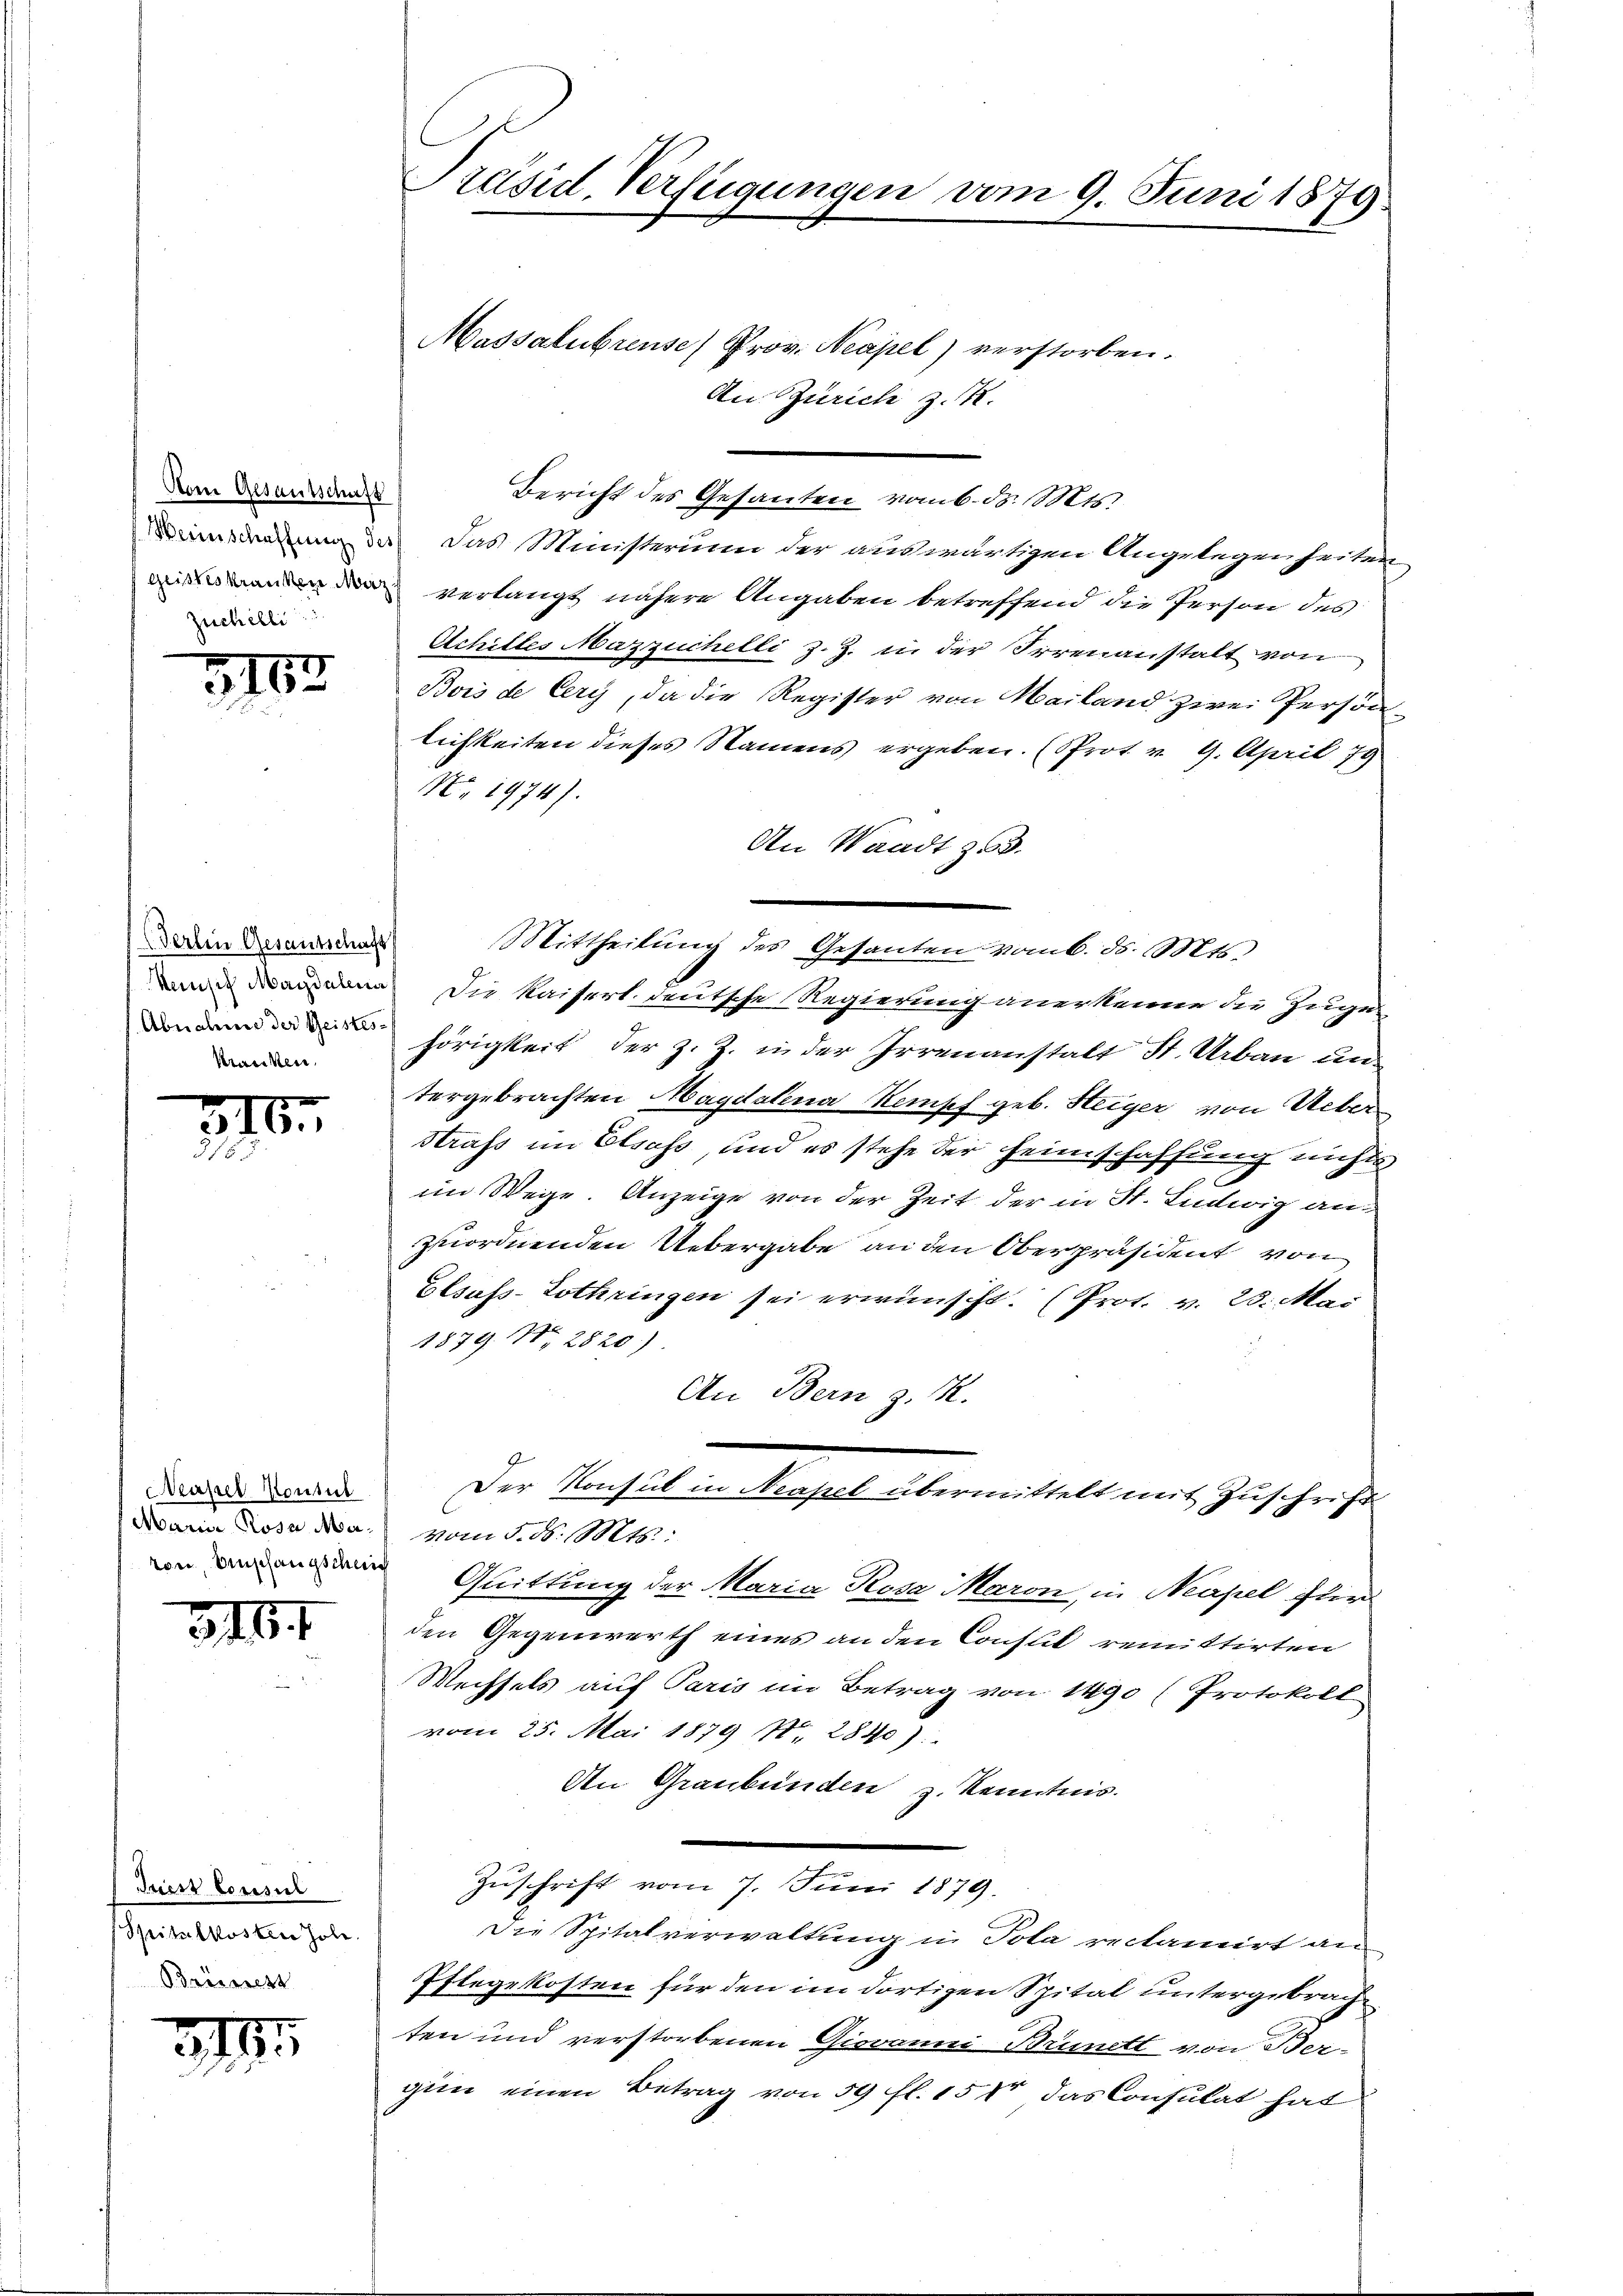
Vom Gesantschaft
Zuchelli

3163
.

Berlin Gesantschaft
Kranken.

3

Neapel Kontul
Maria Rose Maron Empfangschei

3164

Suest Consul
Spitalkosten Joh.
Brünnert

211

Präsid. Verfügungen vom 9. Juni 1879.

Massalubreuse Prov. Neapel) verstorben.
An Zürich z. R.
Bericht des Gesanten vom 6. d. Mts.
Beisierung da das Ministerium der auswärtigen Angelegenheiten
 verlangt nähere Angaben betreffend die Person des
Achilles Mazzuchelli z. Z. in der Irrenanstalt von
Bois de Cerg, da die Register von Mailand zwei Persön-
lichkeiten dieses Namens ergeben. (Srot v. 9. April 179
No. 1974).
An Waadt zu.
Mittheilŭng des Gesanten vom 6. d. Mts.
enn dann die Kaisert, deutsche Regierung anerkenne die Zuges
hörigkeit der z. Z. in der Irrenanstalt St. Urban un
tergebrachten Magdalena Kampf geb. Steiger von Ueber¬
Strass im Elsass, und es stehe der Heimschaffung nichts
im Wege. Anzeige von der Zeit der in St. Ludwig anzuordnenden Uebergabe an den Oberpräsident von
Elsass-Lothringen sei erwünscht. (Prot. v. 23. Mai
1879. II 2820)
An Bern z. R.
Der Konsul in Neapel übermittelt mit Zuschrif
vom 5. d. Mts.:
Quittung der Maria Rosa Maron, in Neapel für
den Gegenwerth eines an den Consul remittirten
Wechsels auf Paris im Betrag von 1490 (Protokoll
vom 25. Mai 1879 No. 2840):
An Graubünden z. Kenntnis.
Zuschrift vom 7. Juni 1879.
Die Spitalverwaltung in Pola reclamirt an
Pflegekosten für den im dortigen Spital untergebrachten und verstorbenen Giovanni Brünett von den
gien einen Betrag von 50 fl. 15 t das Consulat hat